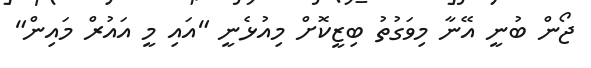
ޖޯން ބުނީ އޭނާ މިވަގުތު ބިޒީކޮށް މިއުޅެނީ "އައި މީ އައުރް މައިން"